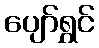
ပျော်ရွှင်